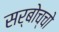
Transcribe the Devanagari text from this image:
सर्बोच्चो